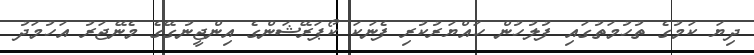
ދިޔަ ކަމުގެ ތުހުމަތުގައި ފުލުހުން ހައްޔަރުކުރި ފެނަކަ ކޯޕަރޭޝަންގެ އިންޖީނުގޭގެ މެނޭޖަރު އަހުމަދު